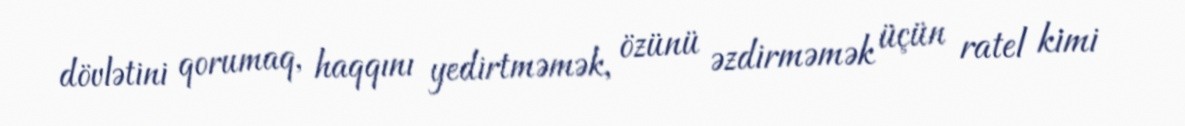
dövlətini qorumaq, haqqını yedirtməmək, özünü əzdirməmək üçün ratel kimi